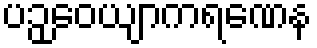
ပဉှဝေယျာကရဏေန